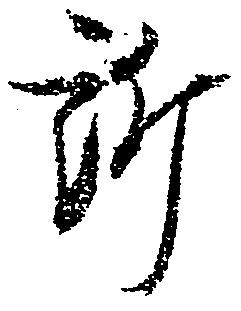
訴